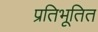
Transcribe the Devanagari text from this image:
प्रतिभूतित